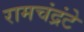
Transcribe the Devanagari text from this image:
रामचंद्रंटे